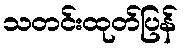
သတင်းထုတ်ပြန်